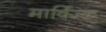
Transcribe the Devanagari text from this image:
मार्विज्क